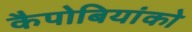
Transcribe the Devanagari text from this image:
कैपोबियांको